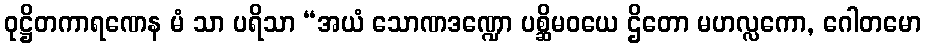
ဝုဋ္ဌိတကာရဏေန မံ သာ ပရိသာ “အယံ သောဏဒဏ္ဍော ပစ္ဆိမဝယေ ဌိတော မဟလ္လကော, ဂေါတမော